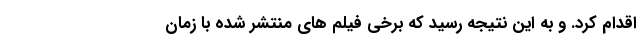
اقدام کرد. و به این نتیجه رسید که برخی فیلم های منتشر شده با زمان